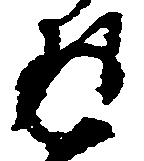
返